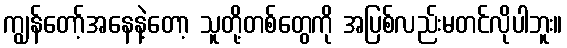
ကျွန်တော့်အနေနဲ့တော့ သူတို့တစ်တွေကို အပြစ်လည်းမတင်လိုပါဘူး။